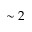
\sim 2